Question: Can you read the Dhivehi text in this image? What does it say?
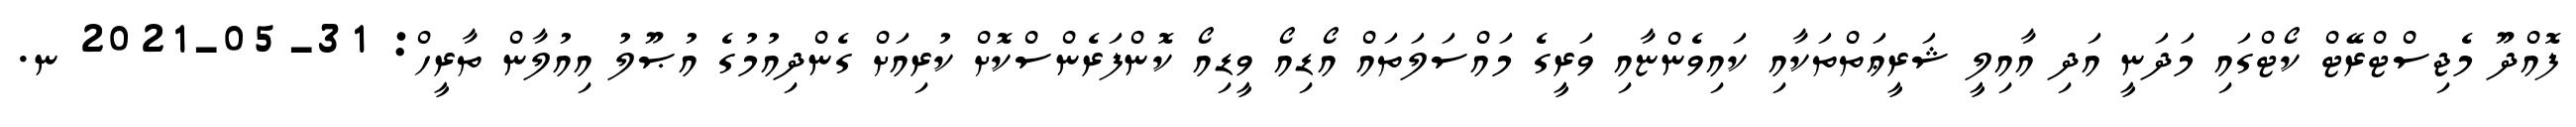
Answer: ފޮއްދޫ މެޖިސްޓްރޭޓް ކޯޓްގައި މަދަނީ އަދި އާއިލީ ޝަރީޢަތްތަކާއި ކައިވެންޏާއި ވަރީގެ މައްސަލަތައް އޯޑިއޯ ވީޑިއޯ ކޮންފަރެންސްކޮށް ކުރިއަށް ގެންދިއުމުގެ އުޞޫލު އިއުލާން ތާރީހް: 31-05-2021 ނ.